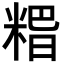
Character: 𥺸